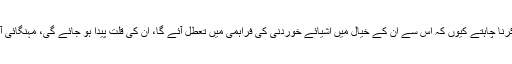
وزیراعظم صاحب ابھی لاک ڈاؤن نہیں کرنا چاہتے کیوں کہ اس سے ان کے خیال میں اشیائے خوردنی کی فراہمی میں تعطل آئے گا، ان کی قلت پیدا ہو جائے گی، مہنگائی آئے گی اور مزدوری ممکن نہ رہے گی۔